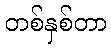
တစ်နှစ်တာ